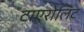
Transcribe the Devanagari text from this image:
टाएरोलिट